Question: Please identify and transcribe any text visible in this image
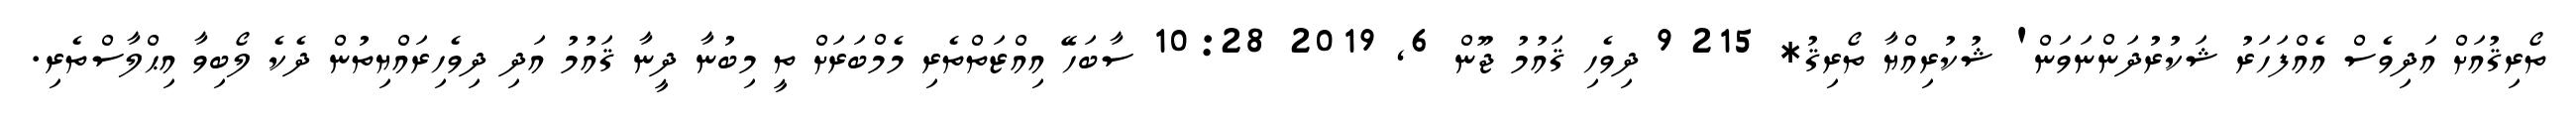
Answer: ތޯރިޤުއަށް އަދިވެސް އެއްފަހަރު ޝަކުރުދަންނަވަން' ޝުކުރިއްޔާ ތޯރިޤު* 215 9 ދިވެހި ޤައުމު ޖޫން 6, 2019 10:28 ސާބަހޭ އިއްޒަތްތެރި މެމްބަރަށް ތީ މިބުނާ ދީނާ ޤައުމު އަދި ދިވެހިރައްޔިތުން ދެކެ ލޯބިވާ އިޙްލާސްތެރި.